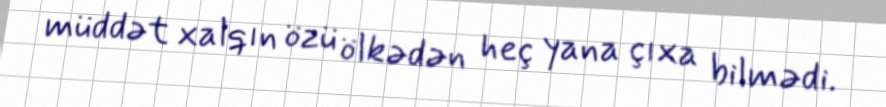
müddət xalqın özü ölkədən heç yana çıxa bilmədi.